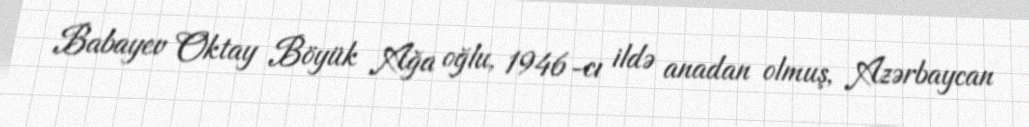
Babayev Oktay Böyük Ağa oğlu, 1946-cı ildə anadan olmuş, Azərbaycan